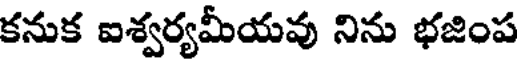
కనుక ఐశ్వర్యమీయవు నిను భజింప